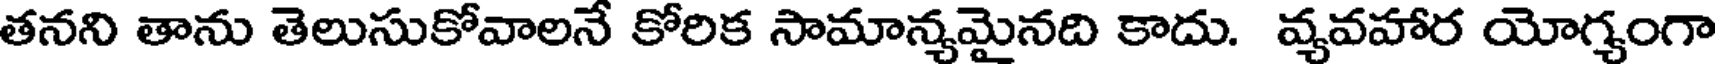
తనని తాను తెలుసుకోవాలనే కోరిక సామాన్యమైనది కాదు. వ్యవహార యోగ్యంగా